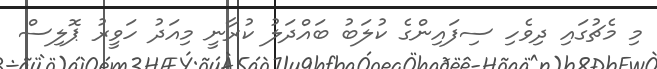
މި މެޗުގައި ދިވެހި ސިފައިންގެ ކުލަބު ބައްދަލު ކުރާނީ މިއަދު ހަވީރު ޕޮލިސް